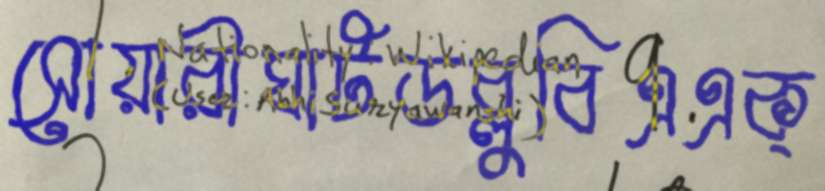
সোয়ারীঘাটডব্লুবিএএক্